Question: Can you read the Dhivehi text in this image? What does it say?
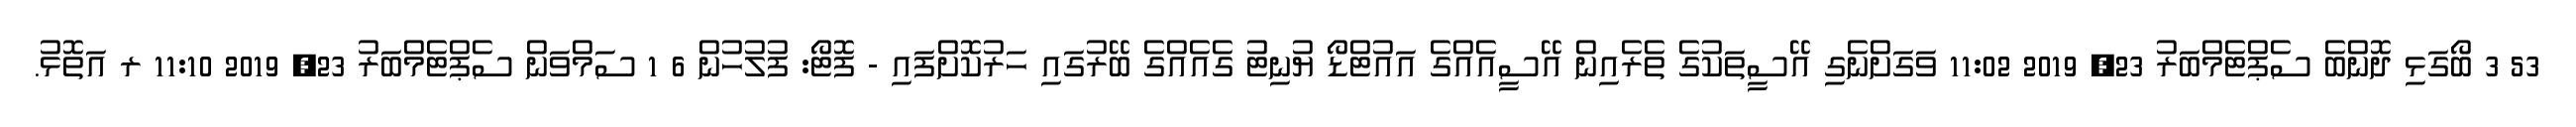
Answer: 53 3 ބޯގަޅި ދޮންބެ ސެޕްޓެމްބަރު 23, 2019 11:02 ވަގަށްނެގި އޭސީތަކުގެ ތެރެއިން އޭސީއެއްގެ އައުޓްޑޯ ޔުނިޓު ގެއެއްގެ ބޭރުގައި ހަރުކޮށްފައި - ފޮޓޯ: ފުލުހުން 6 1 ސަމްވަން ސެޕްޓެމްބަރު 23, 2019 11:10 ރ އަތޮޅު.